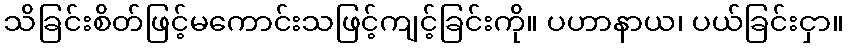
သိခြင်းစိတ်ဖြင့်မကောင်းသဖြင့်ကျင့်ခြင်းကို။ ပဟာနာယ၊ ပယ်ခြင်းငှာ။